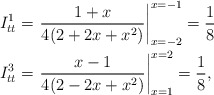
\begin{align*} I_{tt}^{1} & = \left.\frac{1 + x}{4 (2 + 2 x + x^2)}\right|_{x=-2}^{x=-1} = \frac{1}{8} \\I_{tt}^{3} & = \left.\frac{x-1}{4 (2 - 2 x + x^2)}\right|_{x=1}^{x=2} = \frac{1}{8},\end{align*}